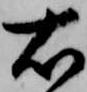
右